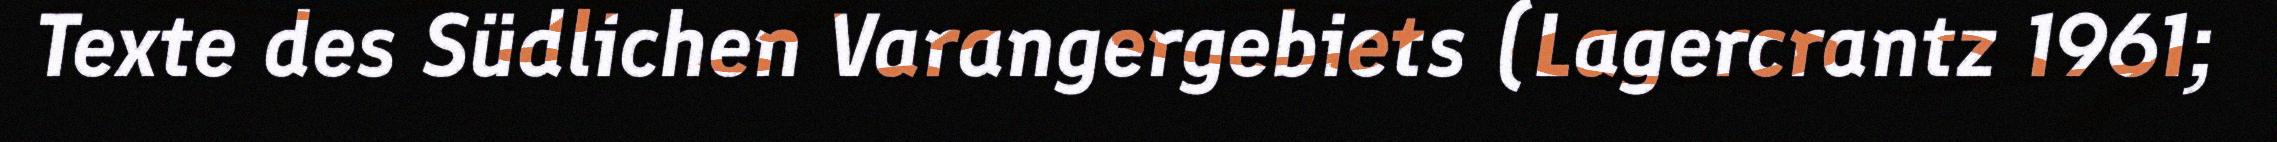
Texte des Südlichen Varangergebiets (Lagercrantz 1961;